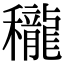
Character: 䆍